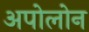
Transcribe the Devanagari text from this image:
अपोलोन